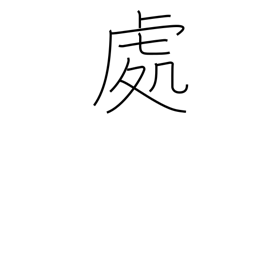
Meaning: locale